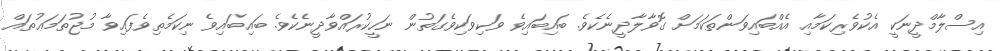
އިސްލާމްދީނަކީ އެކުވެރިކަމާއި އެއްބައިވަންތަކަމަށް ގޮވާލާދީނެކެވެ. ބައިބައިވެ ވަކިވަކިވެގަތުން ނަހީކުރައްވާދީނެކެވެ. ބައިބައިވެ ނިކަމެތިވެފައިވާ މުޖުތަމަޢުތައް